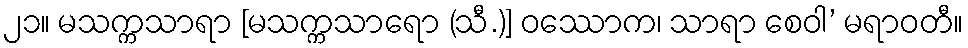
၂၁။ မသက္ကသာရာ [မသက္ကသာရော (သီ.)] ဝဿောက၊ သာရာ စေဝါ’ မရာဝတီ။